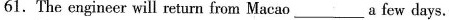
61.The engincer will return from Macao___a few days.